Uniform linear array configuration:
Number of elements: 8
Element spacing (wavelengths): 0.75
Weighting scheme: blackman
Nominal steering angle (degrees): -45
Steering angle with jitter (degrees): -44.778
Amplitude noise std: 0.05
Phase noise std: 0.05

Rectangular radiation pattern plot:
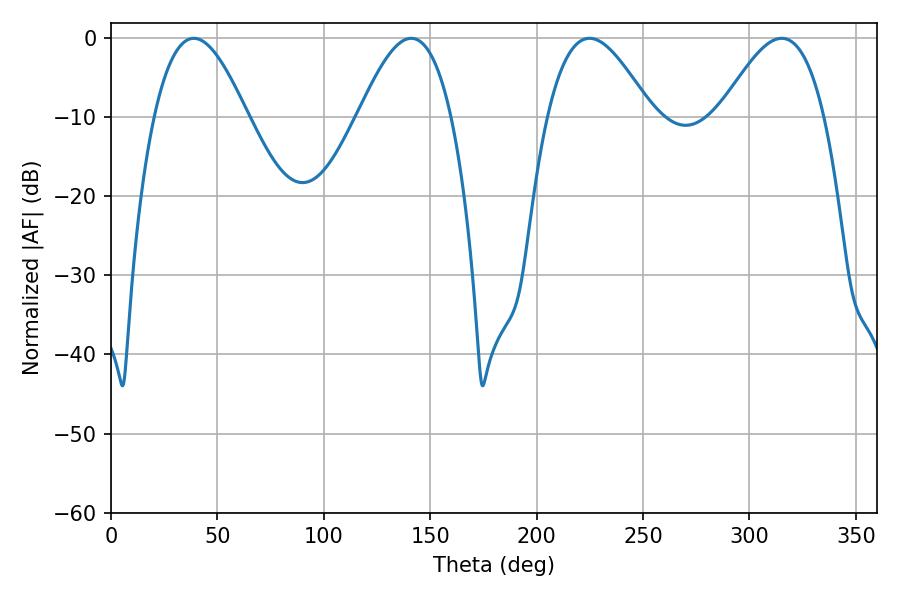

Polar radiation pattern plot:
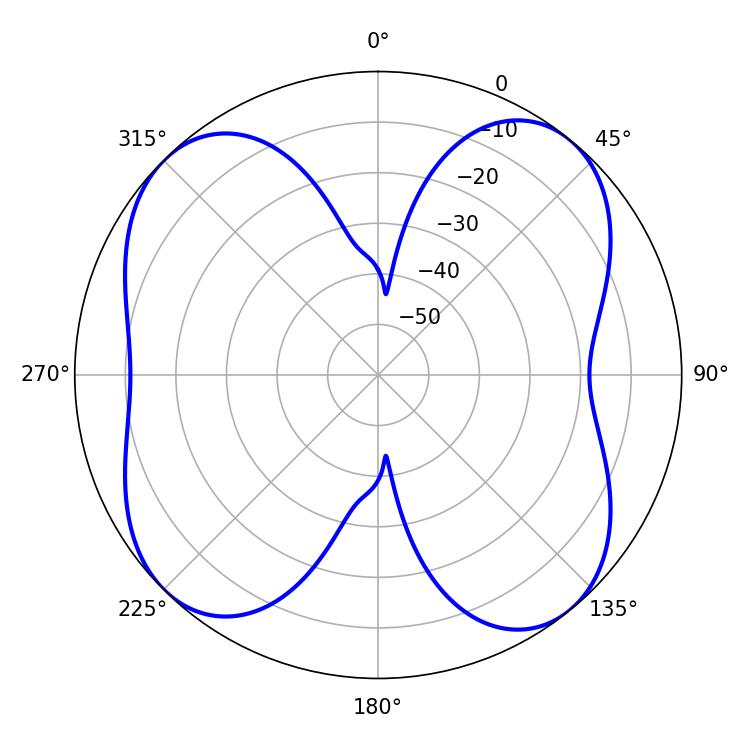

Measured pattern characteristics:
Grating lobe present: TRUE
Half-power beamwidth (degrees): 26.46
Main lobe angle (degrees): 224.82